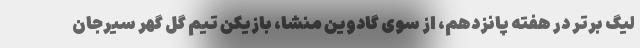
لیگ برتر در هفته پانزدهم، از سوی گادوین منشا، بازیکن تیم گل گهر سیرجان